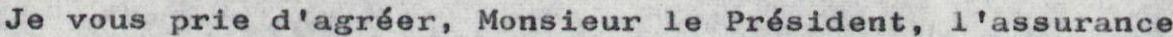
Je vous prie d'agréer, Monsieur le Président, l'assurance